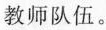
教师队伍。